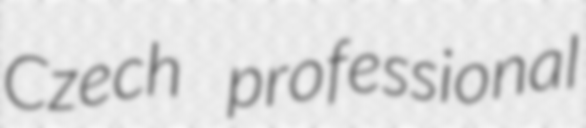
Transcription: Czech professional